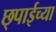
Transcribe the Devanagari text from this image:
छ्पाईच्या